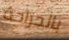
بالجراحة